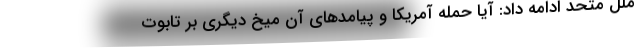
ملل متحد ادامه داد: آیا حمله آمریکا و پیامدهای آن میخ دیگری بر تابوت